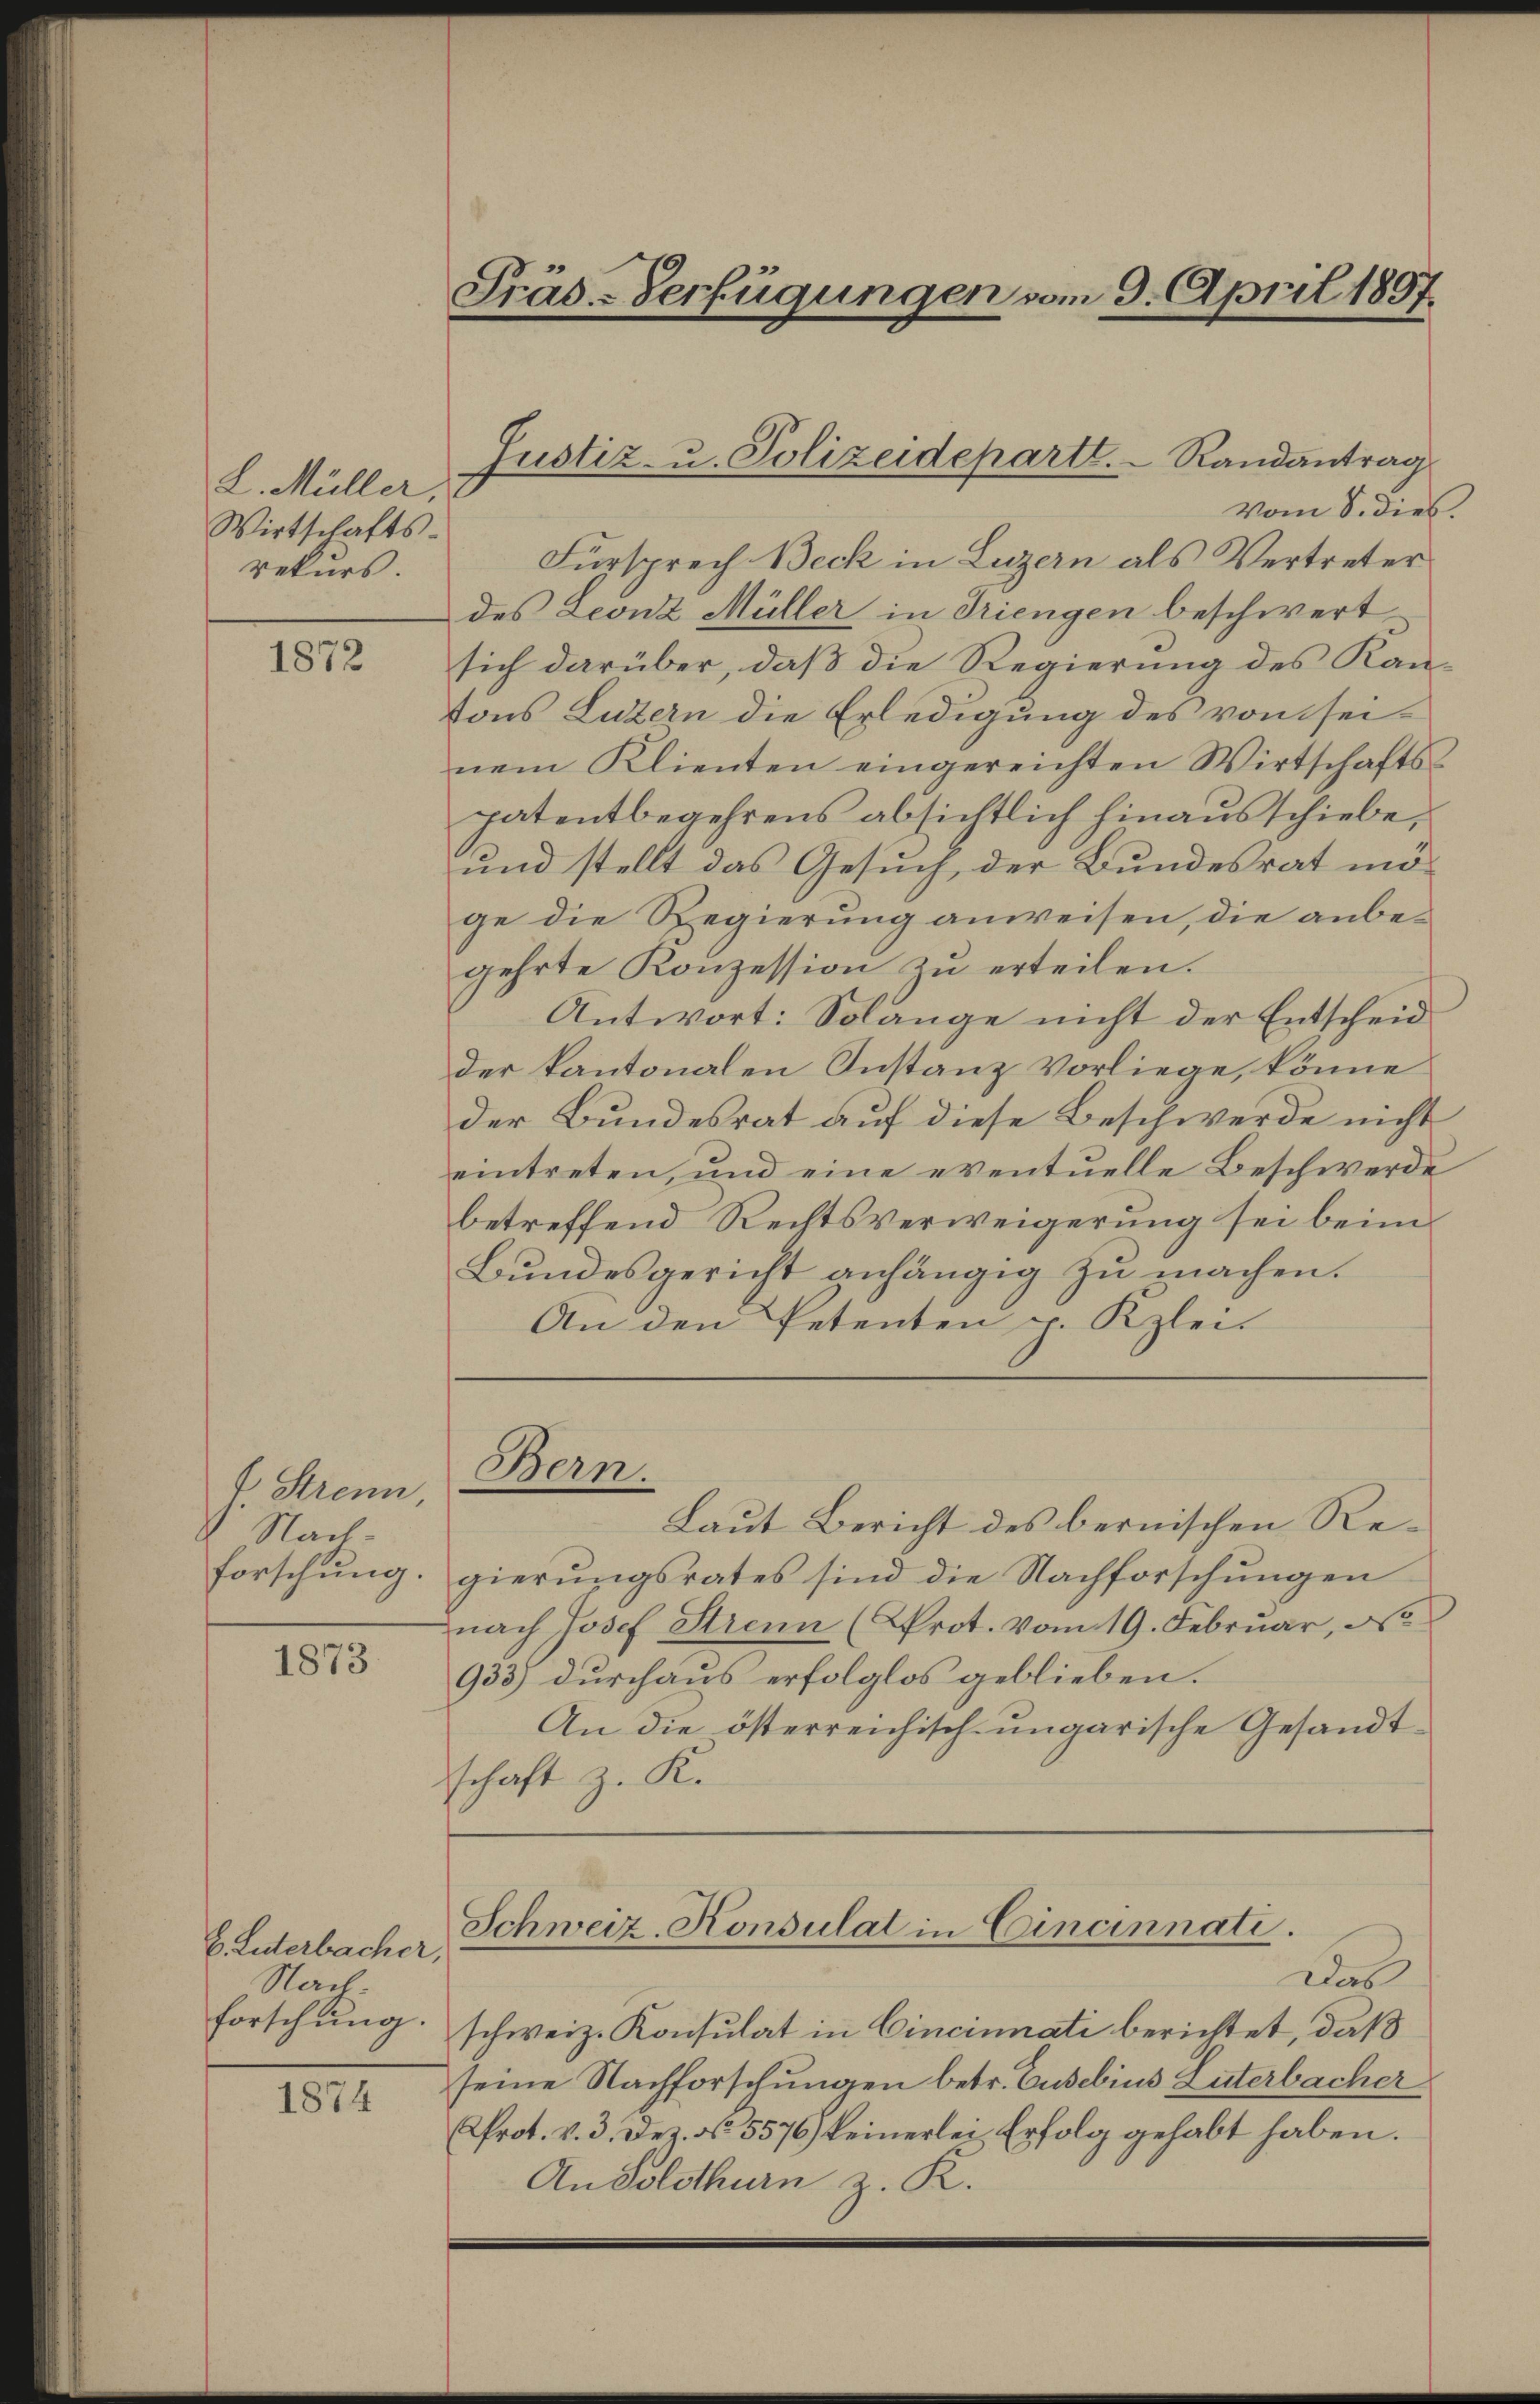
L. Müller.
Wirtschafts-
rekurs.

1872

f. Strenn
Nach
forschung.

1873

E. Luterbacher,
Nach
forschung.

1874

Präs-Verfügungen vom 9. April 1897

Justiz- u. Polizeideparte.   Randantrag

Vom S. dies.
Fürsprech Beck in Luzern als Vertreter
des Leonz Müller in Triengen beschwert
sich darüber, daß die Regierung des Kantons Luzern die Erledigung des vom seinem Klienten eingereichten Wirtschafts-
patentbegehrens absichtlich hinausschiebe,
und stellt das Gesuch, der Bundesrat möge die Regierung anweisen, die anbegehrte Konzession zu erteilen.
Antwort: Solange nicht der Entscheid
der kantonalen Instanz Vorliege, könne
der Bundesrat auf diese Beschwerde nicht
eintreten, und eine eventuelle Beschwerde
betreffend Rechtsverweigerung sei beim
Bundesgericht anhängig zu machen.
An den Petenten p. Kzlei-
Bern.
Laut Bericht des bernischen Regierungsrates sind die Nachforschungen
nach Josef Strenn (Prot. vom 19. Februar, d
933) durchaus erfolglos geblieben.
An die österreichisch-ungarische Gesandt-
schaft z. K.
Schweiz. Konsulat in Cincinnati.
aus
schweiz. Konsulat in Cincinnati berichtet, daß
seine Nachforschungen betr. Cusebins Luterbacher
(Prot. v. 3. Dez. No 5576) keinerlei Erfolg gehabt haben.
An Solothurn z. K.